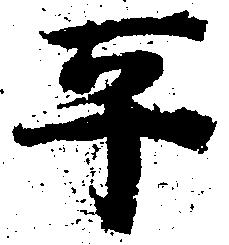
平